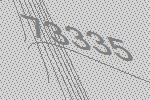
73335